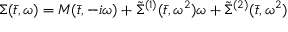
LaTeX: \Sigma ( \bar { t } , \omega ) = M ( \bar { t } , - i \omega ) + \tilde { \Sigma } ^ { ( 1 ) } ( \bar { t } , \omega ^ { 2 } ) \omega + \tilde { \Sigma } ^ { ( 2 ) } ( \bar { t } , \omega ^ { 2 } )